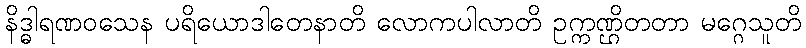
နိဒ္ဓါရဏဝသေန ပရိယောဒါတေနာတိ လောကပါလာတိ ဥက္ကဏ္ဌိတတာ မဂ္ဂေသူတိ